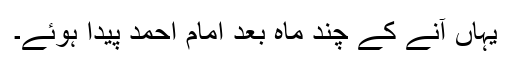
یہاں آنے کے چند ماہ بعد امام احمد پیدا ہوئے۔